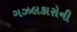
ગઝલકારોની